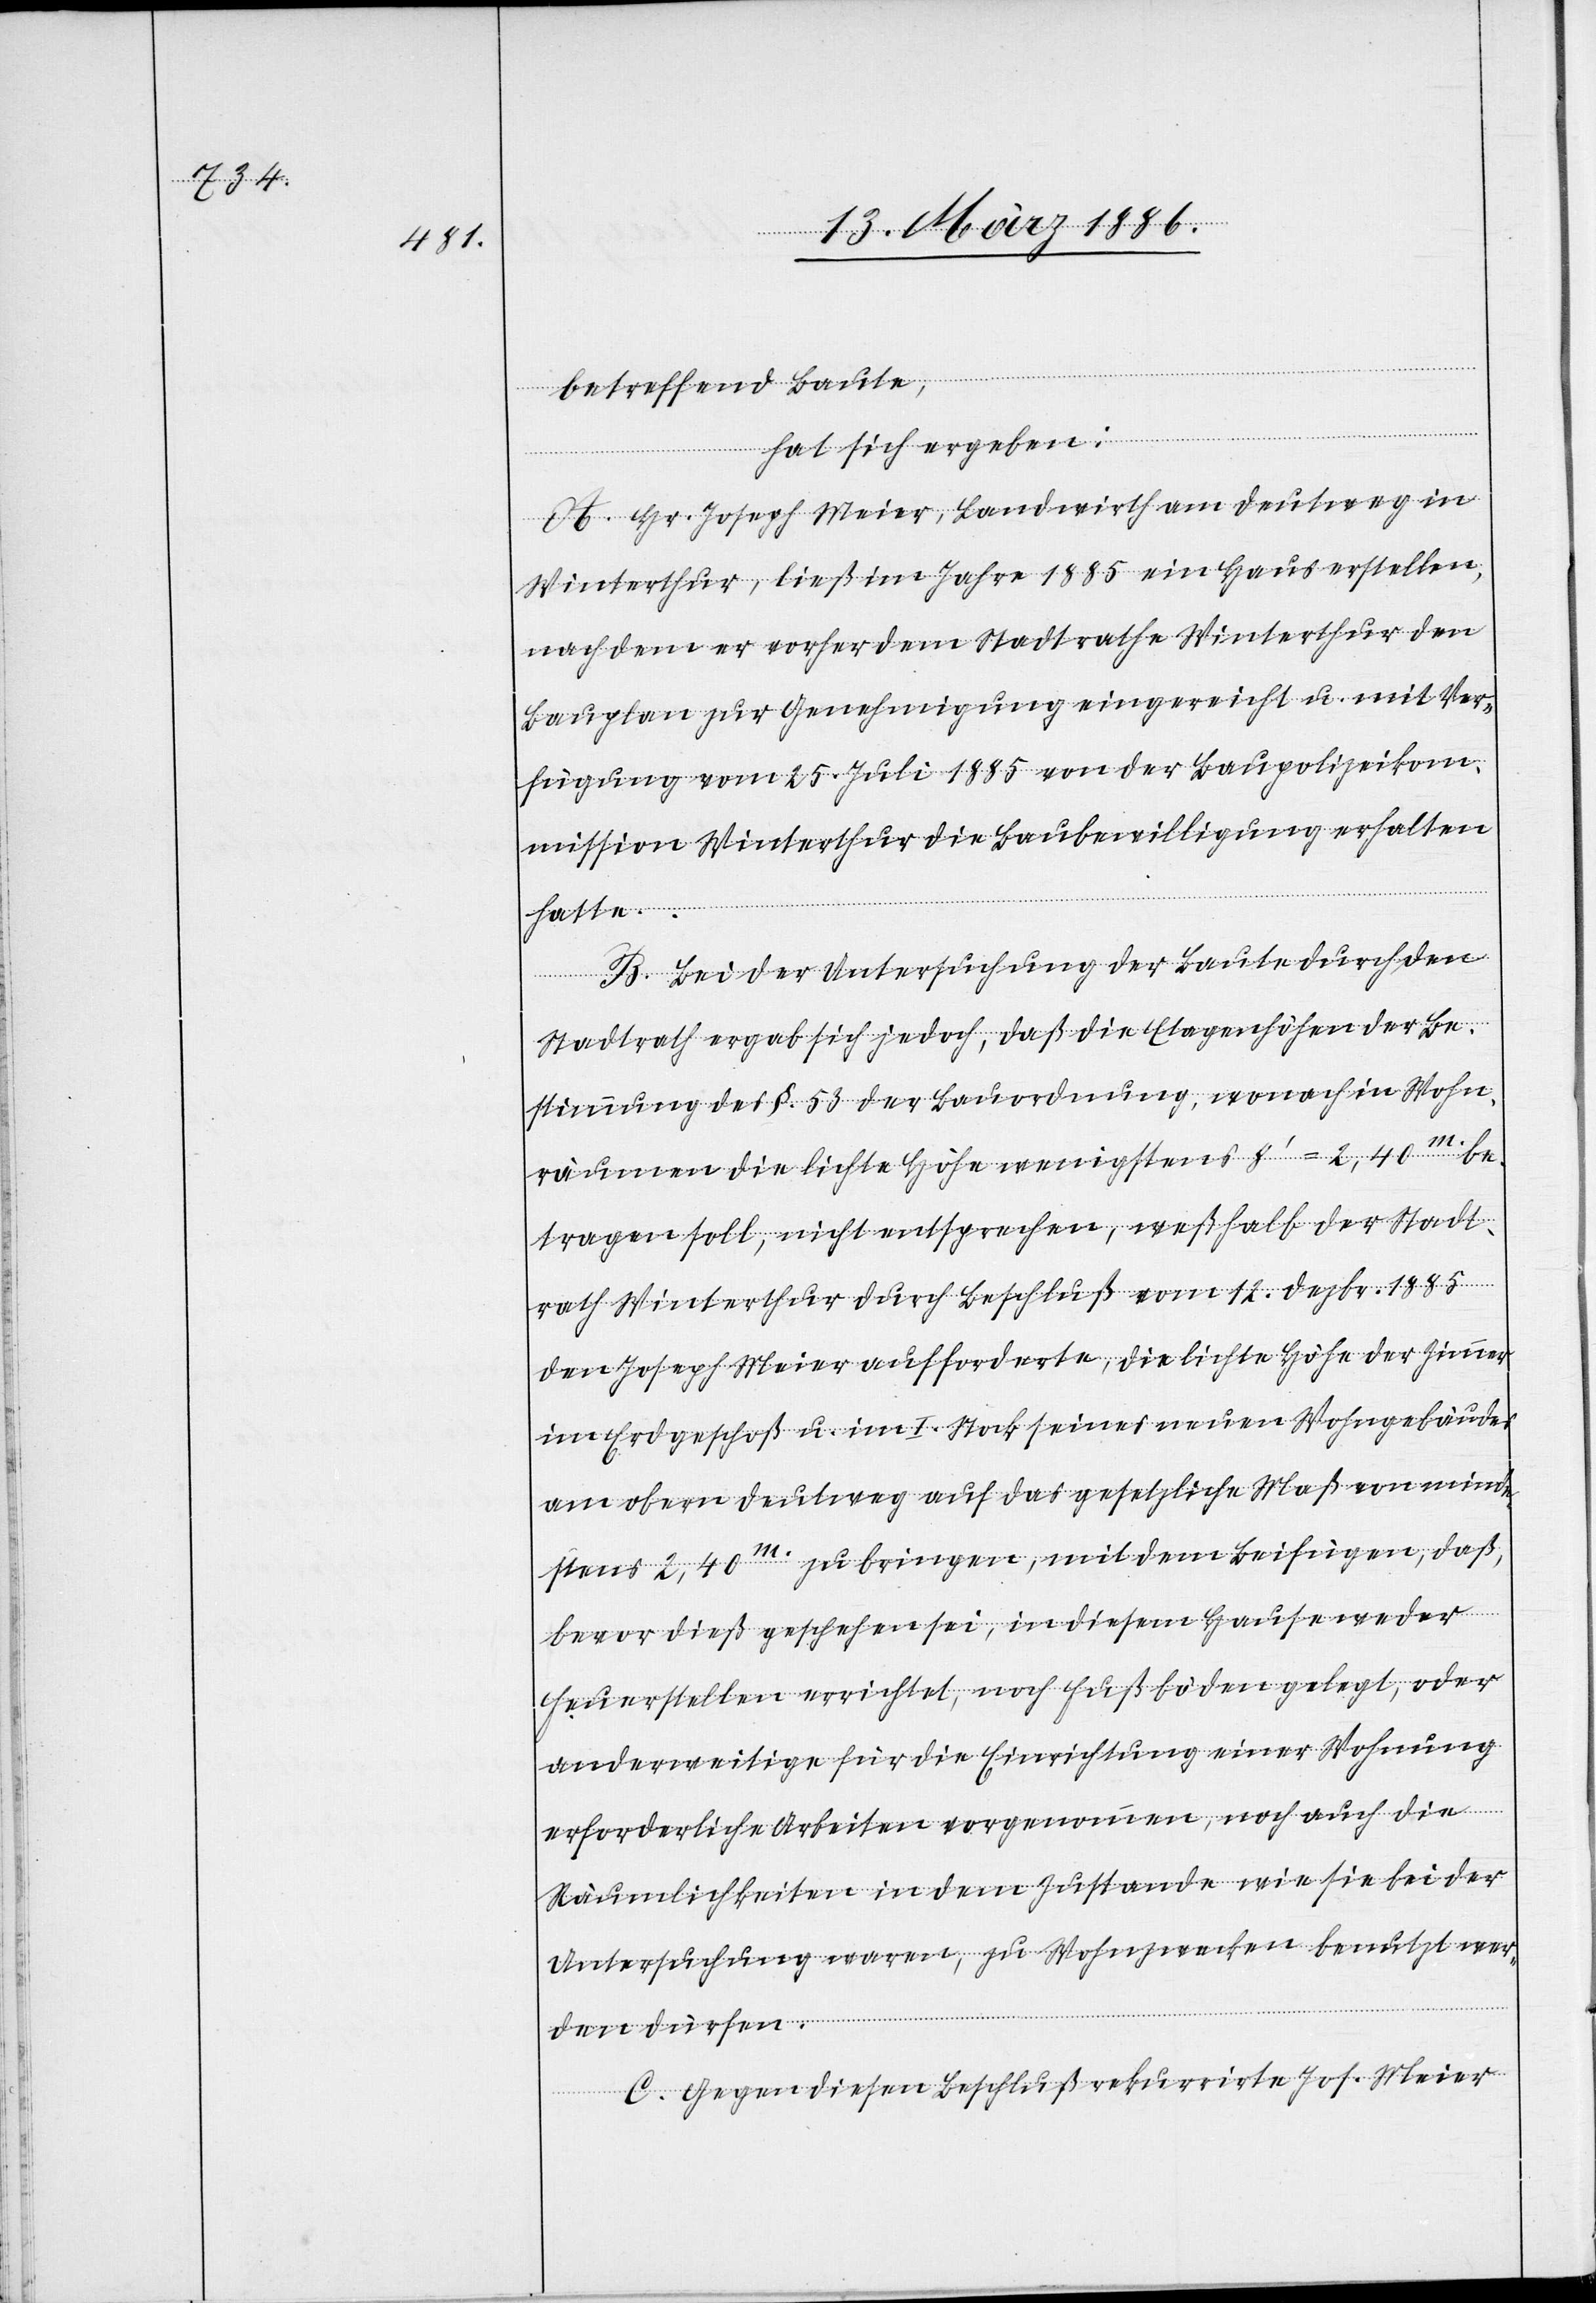
betreffend Baute,
hat sich ergeben:
A. J. Joseph Meier, Landwirth am Deutweg in
Winterthur, ließ im Jahre 1885 ein Haus erstellen,
nachdem er vorher dem Stadtrathe Winterthur den
Bauplan zur Genehmigung eingereicht u. mit Ver¬
fügung vom 25. Juli 1885 von der Baupolizeikom¬
mission Winterthur die Baubewilligung erhalten
hatte.
B. Bei der Untersuchung der Baute durch den
Stadtrath ergab sich jedoch, daß die Etagenhöhen der Be¬
stimmung des §. 53 der Bauordnung, wonach in Wohn¬
räumen die lichte Höhe wenigstens 8’ = 2,40m.be¬
tragen soll, nicht entsprechen, weßhalb der Stadt¬
rath Winterthur durch Beschluß vom 12. Dezbr. 1885
den Joseph Meier aufforderte, die lichte Höhe der Zimmer
im Erdgeschoß u. im I. Stock seines neuen Wohngebäudes
am obern Deutweg auf das gesetzliche Maß von minde¬
stens 2,40m. zu bringen, mit dem Beifügen, daß,
bevor dieß geschehen sei, in diesem Hause weder
Feuerstellen errichtet, noch Fußböden gelegt, oder
anderweitige für die Einrichtung einer Wohnung
erforderliche Arbeiten vorgenommen, noch auch die
Räumlichkeiten in dem Zustande wie sie bei der
Untersuchung waren, zu Wohnzwecken benutzt wer¬
den dürfen.
C. Gegen diesen Beschluß rekurrirte Jos. Meier